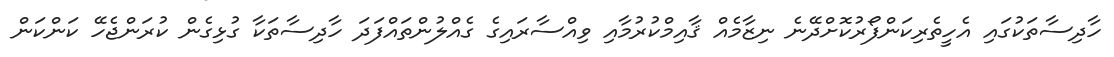
ހާދިސާތަކުގައި އެހީތެރިކަންފޯރުކޮށްދޭނެ ނިޒާމެއް ޤާއިމްކުރުމާއި ވިއްސާރައިގެ ގެއްލުންތައްފަދަ ހާދިސާތަކާ ގުޅިގެން ކުރަންޖެހޭ ކަންކަން